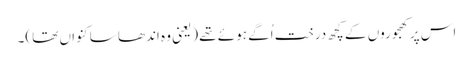
اس پر کھجوروں کے کچھ درخت اُگے ہوئے تھے (یعنی وہ اندھا سا کنواں تھا)۔